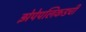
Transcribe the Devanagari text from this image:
झेपेपलिकडची